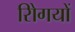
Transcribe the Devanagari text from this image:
रोिगयों